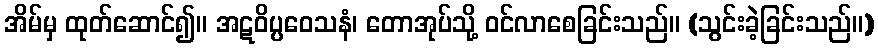
အိမ်မှ ထုတ်ဆောင်၍။ အဋဝိပ္ပဝေသနံ၊ တောအုပ်သို့ ဝင်လာစေခြင်းသည်။ (သွင်းခဲ့ခြင်းသည်။)